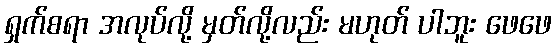
ရှက်စရာ အလုပ်လို့ မှတ်လို့လည်း မဟုတ် ပါဘူး ဖေဖေ